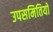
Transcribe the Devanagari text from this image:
उपसमितियों